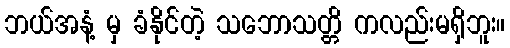
ဘယ်အနံ့ မှ ခံနိုင်တဲ့ သဘောသတ္တိ ကလည်းမရှိဘူး။